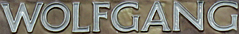
WOLFGANG